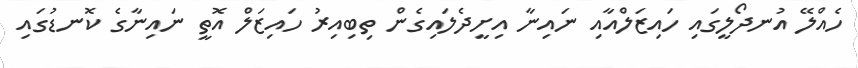
ހެއްލޭ އުނދޯލީގައި ހައިޒަލްއާއި ނައިނާ އިށީދެލައިގެން ތިބިއިރު ހައިޒަލް އޮތީ ނައިނާގެ ކޮނޑުގައި